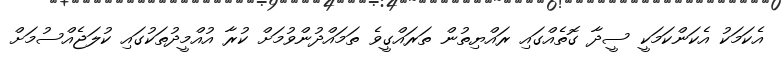
އެކަމަކު އެކަންކަމަކީ ސީދާ ގޮތެއްގައި ރައްޔިތުން ތަރައްގީވެ ތަމައްދުންވުމަށް ކުރާ އުއްމީދުތަކުގައި ކުލަޖެއްސުމަށް